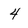
Character: 4